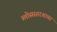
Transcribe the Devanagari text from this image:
ग्लोसस्तरशायर